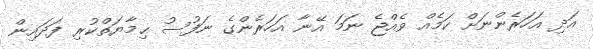
އަދި އަހަރެންނަށް ކަމެއް ވެއްޖެ ނަމަ އޭނާ އަހަރެންގެ ނަފުސު ޙިމާޔަތްކުރި ފަދައިން